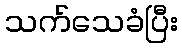
သက်သေခံပြီး